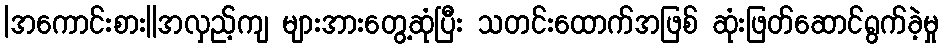
|အကောင်းစား||အလှည့်ကျ များအားတွေ့ဆုံပြီး သတင်းထောက်အဖြစ် ဆုံးဖြတ်ဆောင်ရွက်ခဲ့မှု